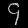
Digit: ၄